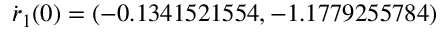
\dot { \boldsymbol { r } } _ { 1 } ( 0 ) = ( - 0 . 1 3 4 1 5 2 1 5 5 4 , - 1 . 1 7 7 9 2 5 5 7 8 4 )